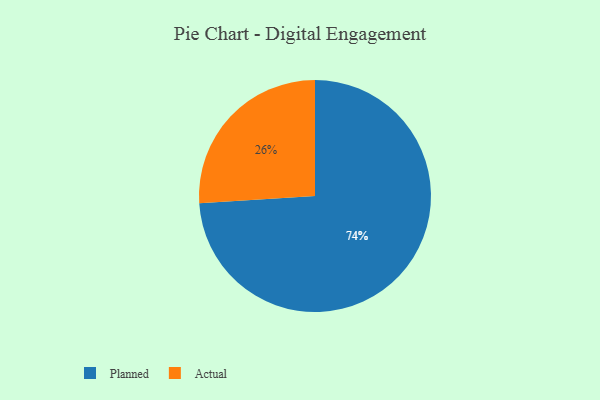
{"axis": {"x": "Category", "y": "Percentage"}, "legend": ["Actual", "Planned"], "data": [{"x": "Planned", "y": 74, "type": "Planned"}, {"x": "Actual", "y": 26, "type": "Actual"}]}